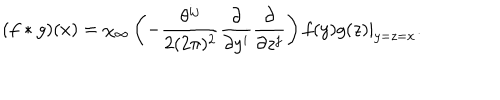
LaTeX: ( f \ast g ) ( x ) = \chi _ { \infty } \left( - \frac { \theta ^ { i j } } { 2 ( 2 \pi ) ^ { 2 } } \frac { \partial } { \partial y ^ { i } } \frac { \partial } { \partial z ^ { j } } \right) f ( y ) g ( z ) | _ { y = z = x } .